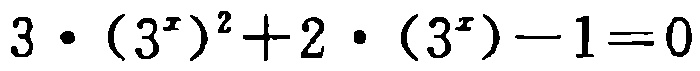
\(3\cdot(3^{x})^{2}+2\cdot(3^{x}) - 1 = 0\)